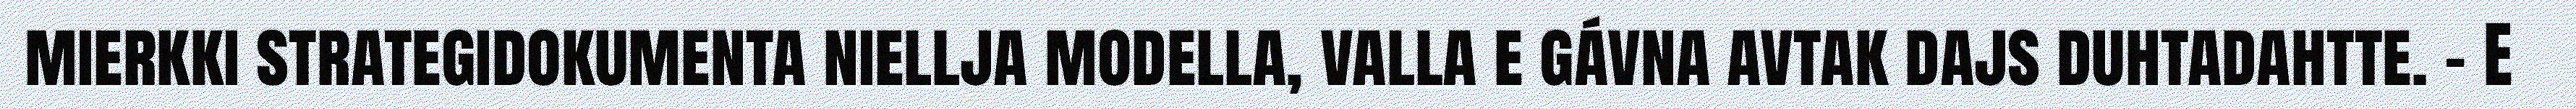
mierkki strategidokumenta niellja modella, valla e gávna avtak dajs duhtadahtte. – E